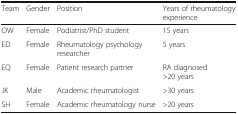
| Team | Gender | Position | Years of rheumatology experience |
 | --- | --- | --- | --- |
 | OW | Female | Podiatrist/PhD student | 15 years |
 | ED | Female | Rheumatology psychology researcher | 5 years |
 | EQ | Female | Patient research partner | RA diagnosed >20 years |
 | JK | Male | Academic rheumatologist | >30 years |
 | SH | Female | Academic rheumatology nurse | >20 years |